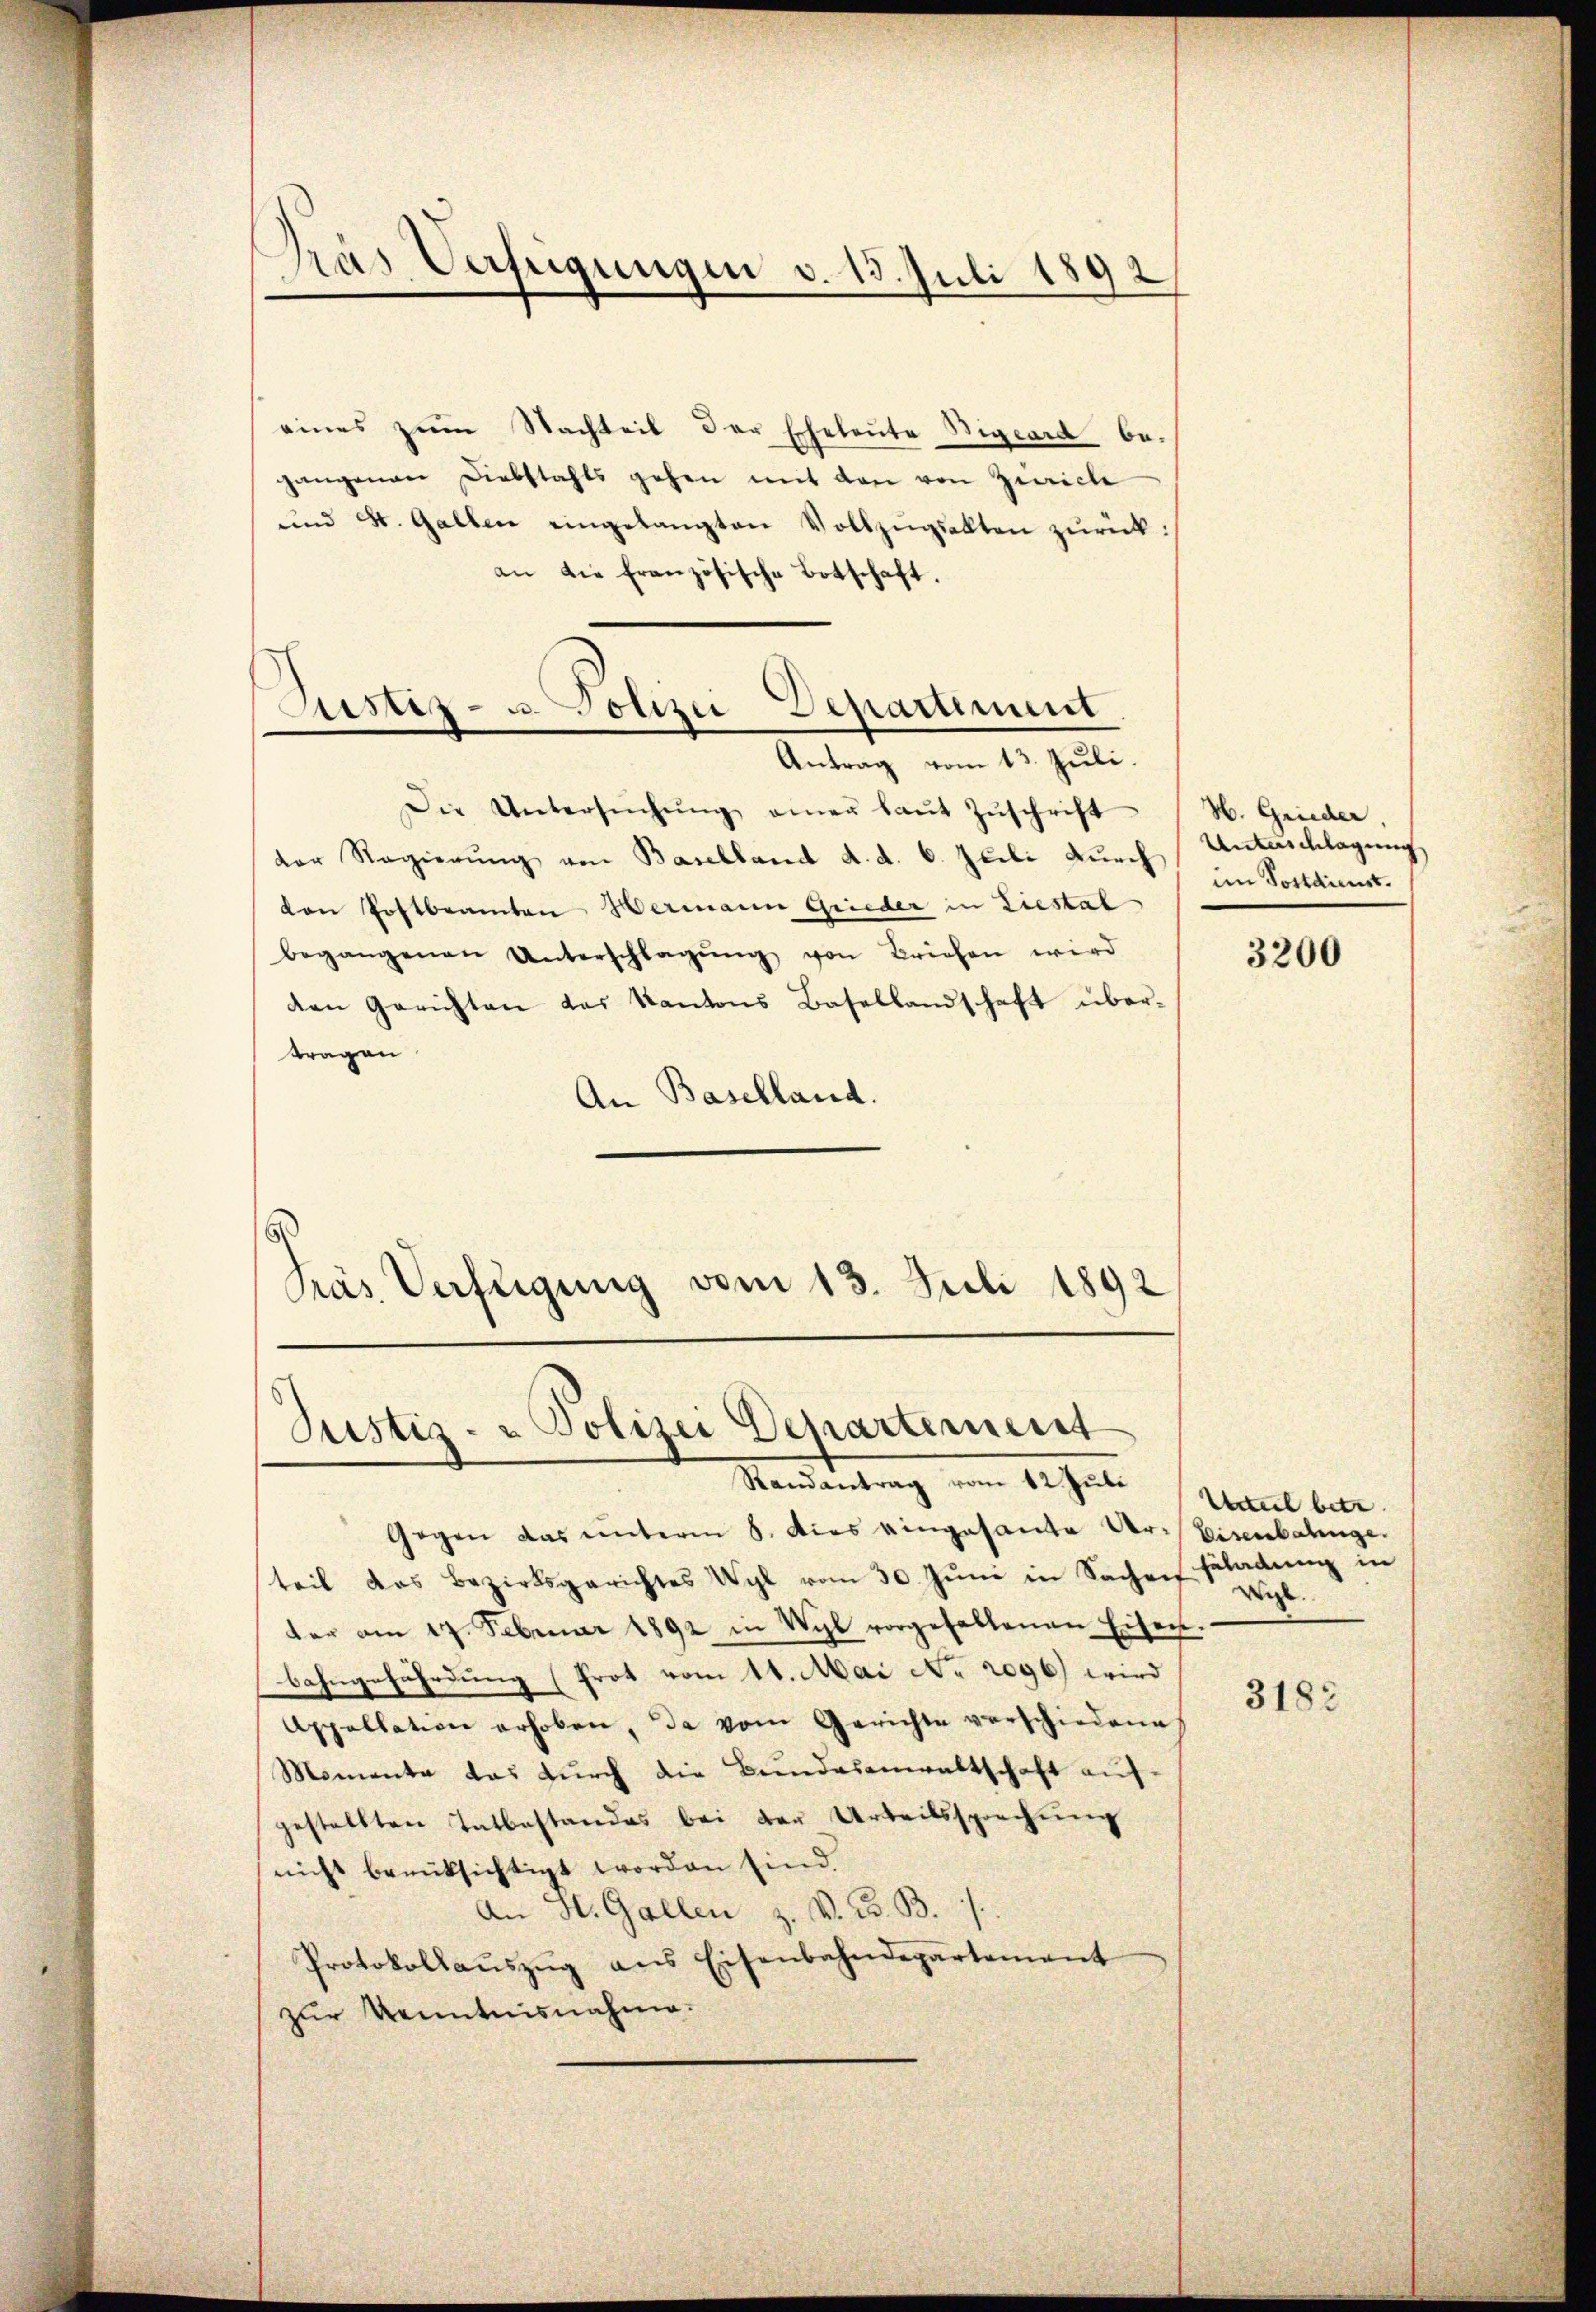
Pras Verfügungen d. 13. Juli 1892

Justiz- u. Polizei Departiment

eines zum Nachteil der Eheleute Vigiard begangenen Diebstahls gehen mit den von Zürich
und St. Gallen eingelangten Vollzŭgsalten zurück:
an die französische Botschaft.
Antrag vom 13. Juli.
Die Untersŭchŭng einer laŭt Zŭschrift
der Regierŭng von Baselland d. d. 6. Juli durch Unterschlagung
den Postbeamten Hermann Grieder in Liestal
begangenen Unterschlagŭng von Briefen wird
den Gerichten das Kantons Basellandschaft übertragen
An Baselland.
Präs. Verfügung vom 13. Juli 1892

Justiz- u Polizei Departement

Randantrag vom 12. Juli
Gegen das unterm 8. dies eingesante Ur- Eisenbahnge
teil das Bezirksgerichtes Wyl vom 30. Jŭni in Sachen soladŭng in
der am 17. Februar 1892 in Wyl vorgehaltenen Eisen.
bahngefährdung (Prot vom 16. Mai No 2096) wird
Appellation erhoben, da vom Gerichte verschiedene
Momenta das durch die Bundesanwaltschaft aufgestellten Tatbestandes bei der Urteilssprechung
nicht berüksichtigt worden sind.
An H. Gallen z. V. B. B.
Protokollaŭszŭg ans Eisenbahndepartement
zur Kenntnisnahme.

H. Grieder
im Postdienst.

3200

Urteil betr.
richt.

3182